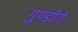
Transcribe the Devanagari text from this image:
गुण्डीगे